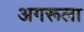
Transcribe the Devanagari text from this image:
अगरूला